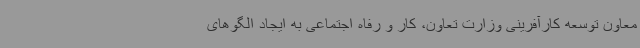
معاون توسعه کارآفرینی وزارت تعاون، کار و رفاه اجتماعی به ایجاد الگوهای